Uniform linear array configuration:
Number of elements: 32
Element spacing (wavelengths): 0.25
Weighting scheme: hamming
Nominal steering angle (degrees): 30
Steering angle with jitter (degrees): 30.518
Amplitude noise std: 0.05
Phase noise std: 0.05

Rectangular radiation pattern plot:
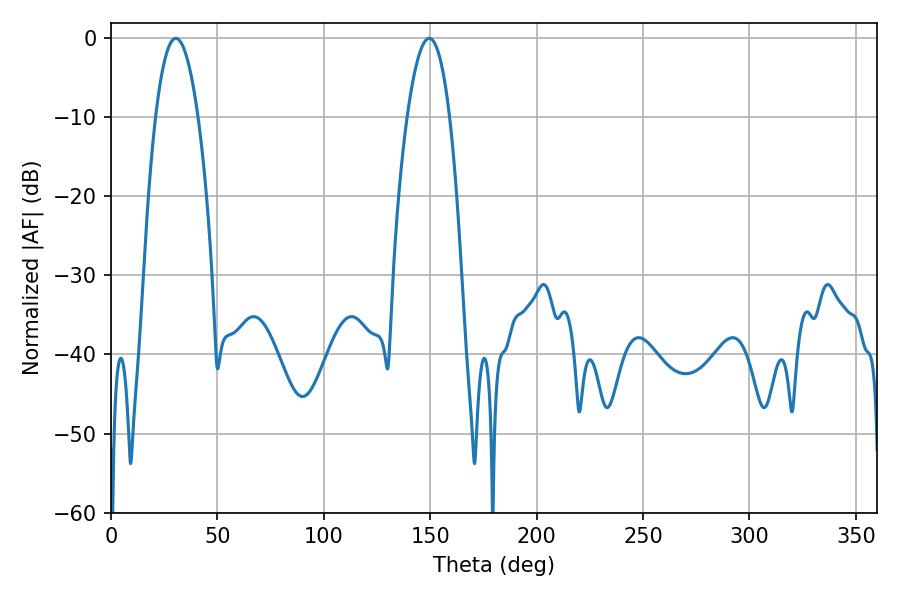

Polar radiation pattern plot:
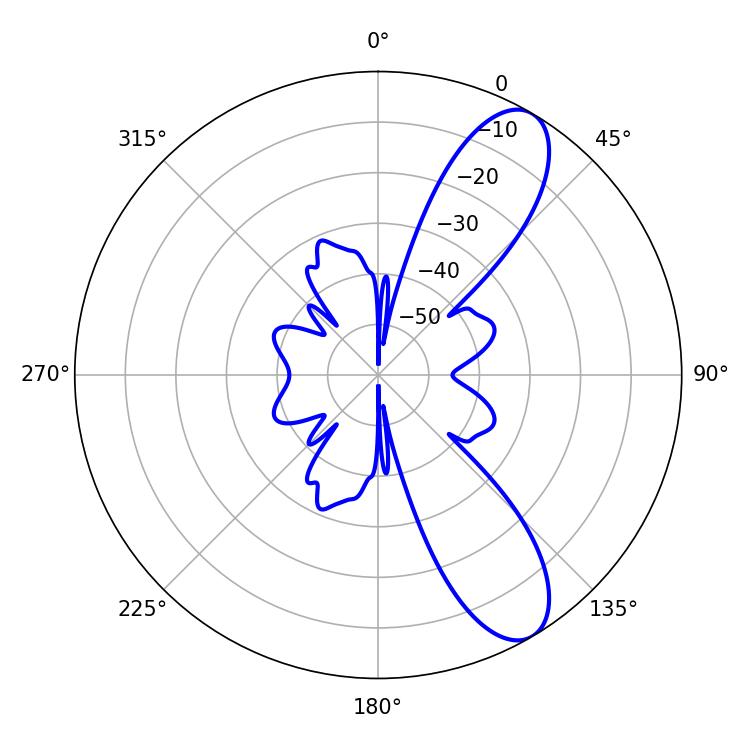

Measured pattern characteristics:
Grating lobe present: FALSE
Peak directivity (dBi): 9.795
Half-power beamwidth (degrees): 11.16
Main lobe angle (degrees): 30.42